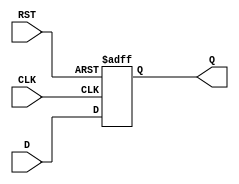
module FeedbackRegister (
    input wire D,      // Data input
    input wire CLK,    // Clock input
    input wire RST,    // Asynchronous reset input
    output reg Q       // Output register
);

// Asynchronous reset and synchronous update
always @(posedge CLK or posedge RST) begin
    if (RST) begin
        Q <= 1'b0;    // Reset Q to 0 when RST is asserted
    end else begin
        Q <= D;       // Update Q with the value of D on the rising edge of CLK
    end
end

endmodule